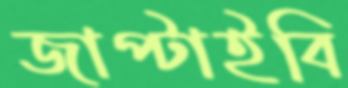
জাপ্‌টাইবি